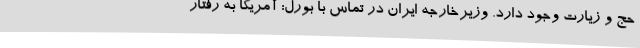
حج و زیارت وجود دارد. وزیرخارجه ایران در تماس با بورل: آمریکا به رفتار